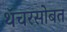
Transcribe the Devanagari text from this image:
थॅचरसोबत